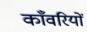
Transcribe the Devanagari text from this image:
काँवरियों